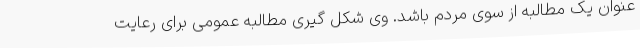
عنوان یک مطالبه از سوی مردم باشد. وی شکل گیری مطالبه عمومی برای رعایت